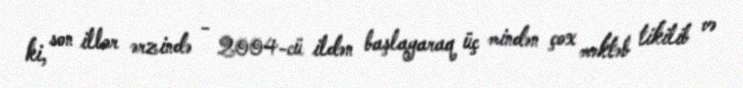
ki, son illər ərzində - 2004-cü ildən başlayaraq üç mindən çox məktəb tikilib və